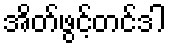
အိတ်ဖွင့်တင်ဒါ